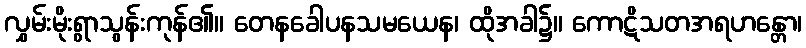
လွှမ်းမိုးရွာသွန်းကုန်၏။ တေနခေါပနသမယေန၊ ထိုအခါ၌။ ကောဋိသတအရဟန္တော၊